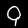
Label: 9